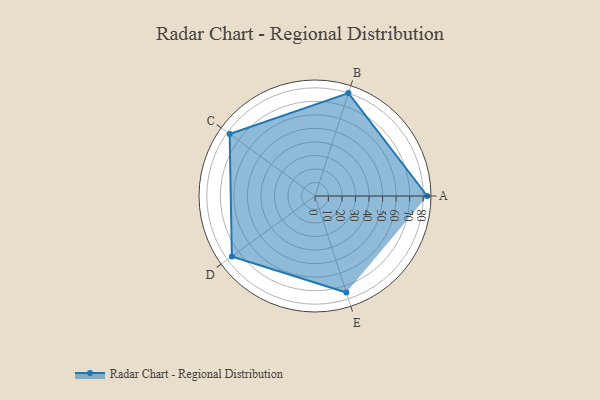
{"axis": {"x": "Skill", "y": "Score"}, "legend": ["Profile"], "data": [{"x": "A", "y": 83.0, "type": "Profile"}, {"x": "B", "y": 80.0, "type": "Profile"}, {"x": "C", "y": 78.0, "type": "Profile"}, {"x": "D", "y": 76.0, "type": "Profile"}, {"x": "E", "y": 75.0, "type": "Profile"}]}